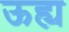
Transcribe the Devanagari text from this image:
ऊह्य